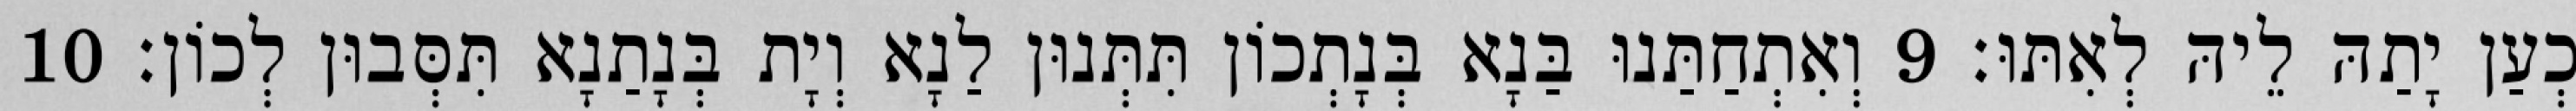
כְעַן יָתַהּ לֵיהּ לְאִתּוּ׃ 9 וְאִתְחַתַּנוּ בַּנָא בְּנָתְכוֹן תִּתְּנוּן לַנָא וְיָת בְּנָתַנָא תִּסְּבוּן לְכוֹן׃ 10